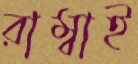
রাম্বাই